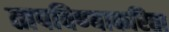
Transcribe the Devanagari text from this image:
तापविण्याकरिता